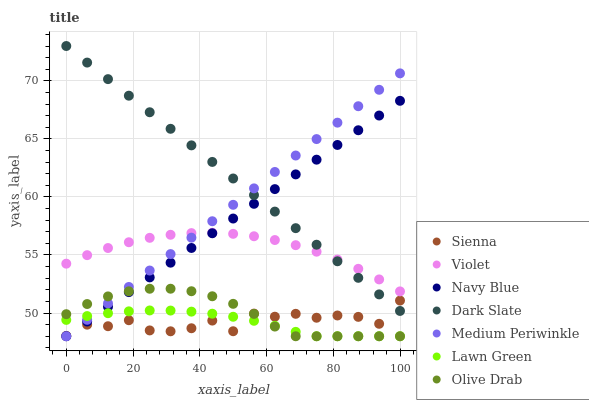
| xaxis_label | Sienna | Violet | Navy Blue | Dark Slate | Medium Periwinkle | Lawn Green | Olive Drab |
 | --- | --- | --- | --- | --- | --- | --- | --- |
 | 0 | 48 | 54.3 | 48 | 73 | 48 | 49.4 | 49.9 |
 | 6.25 | 49 | 55 | 49.3 | 71.6 | 49.4 | 49.7 | 50.8 |
 | 12.5 | 48.9 | 55.6 | 50.5 | 70.1 | 50.8 | 50 | 51.4 |
 | 18.8 | 49.4 | 56.1 | 51.8 | 68.7 | 52.2 | 50.1 | 51.9 |
 | 25 | 48.5 | 56.5 | 53.1 | 67.3 | 53.7 | 50.2 | 52.1 |
 | 31.2 | 48.4 | 56.7 | 54.3 | 65.9 | 55.1 | 50.2 | 52.1 |
 | 37.5 | 48.7 | 56.9 | 55.6 | 64.4 | 56.5 | 50.1 | 51.9 |
 | 43.8 | 49.3 | 56.9 | 56.9 | 63 | 57.9 | 49.9 | 51.4 |
 | 50 | 48.4 | 56.8 | 58.1 | 61.6 | 59.3 | 49.7 | 50.8 |
 | 56.2 | 50 | 56.6 | 59.4 | 60.2 | 60.7 | 49.3 | 49.9 |
 | 62.5 | 49.7 | 56.3 | 60.7 | 58.7 | 62.2 | 48.9 | 48.8 |
 | 68.8 | 49.9 | 55.8 | 61.9 | 57.3 | 63.6 | 48.4 | 48 |
 | 75 | 49.6 | 55.3 | 63.2 | 55.9 | 65 | 48 | 48 |
 | 81.2 | 49.8 | 54.6 | 64.5 | 54.5 | 66.4 | 48 | 48 |
 | 87.5 | 49.7 | 53.8 | 65.7 | 53 | 67.8 | 48 | 48 |
 | 93.8 | 49.1 | 52.9 | 67 | 51.6 | 69.2 | 48 | 48 |
 | 100 | 51.1 | 51.9 | 68.3 | 50.2 | 70.6 | 48 | 48 |